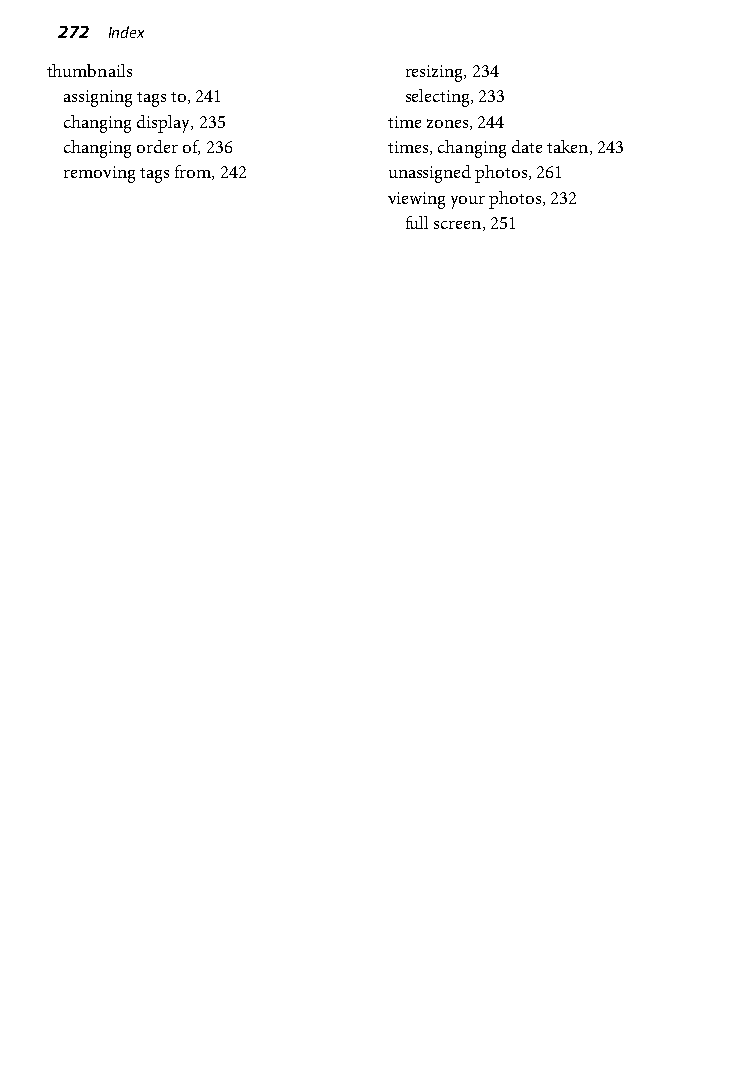
272 Index
 thumbnails              resizing, 234
 assigning tags to, 241 selecting, 233
 changing display, 235 time zones, 244
 changing order of, 236 times, changing date taken, 243
 removing tags from, 242 unassigned photos, 261
 viewing your photos, 232
 full screen, 251